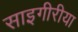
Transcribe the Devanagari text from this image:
साइगीरीया